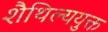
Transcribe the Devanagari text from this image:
शैथिल्ययुक्त